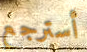
أسترجع